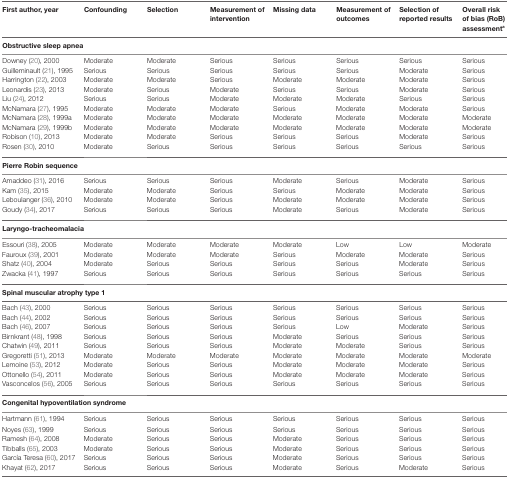
<table><thead><tr><td><b>First author, year</b></td><td><b>Confounding</b></td><td><b>Selection</b></td><td><b>Measurement of intervention</b></td><td><b>Missing data</b></td><td><b>Measurement of outcomes</b></td><td><b>Selection of reported results</b></td><td><b>Overall risk of bias (RoB) assessment<sup>a</sup></b></td></tr></thead><tbody><tr><td colspan="8"><b>Obstructive sleep apnea</b></td></tr><tr><td>Downey (20), 2000</td><td>Moderate</td><td>Moderate</td><td>Serious</td><td>Serious</td><td>Serious</td><td>Serious</td><td>Serious</td></tr><tr><td>Guilleminault (21), 1995</td><td>Serious</td><td>Serious</td><td>Serious</td><td>Serious</td><td>Serious</td><td>Moderate</td><td>Serious</td></tr><tr><td>Harrington (22), 2003</td><td>Moderate</td><td>Moderate</td><td>Serious</td><td>Moderate</td><td>Moderate</td><td>Moderate</td><td>Serious</td></tr><tr><td>Leonardis (23), 2013</td><td>Moderate</td><td>Serious</td><td>Moderate</td><td>Serious</td><td>Serious</td><td>Moderate</td><td>Serious</td></tr><tr><td>Liu (24), 2012</td><td>Serious</td><td>Serious</td><td>Moderate</td><td>Moderate</td><td>Moderate</td><td>Serious</td><td>Serious</td></tr><tr><td>McNamara (27), 1995</td><td>Moderate</td><td>Moderate</td><td>Moderate</td><td>Serious</td><td>Moderate</td><td>Moderate</td><td>Serious</td></tr><tr><td>McNamara (28), 1999a</td><td>Moderate</td><td>Moderate</td><td>Moderate</td><td>Moderate</td><td>Moderate</td><td>Moderate</td><td>Moderate</td></tr><tr><td>McNamara (29), 1999b</td><td>Moderate</td><td>Moderate</td><td>Moderate</td><td>Moderate</td><td>Moderate</td><td>Moderate</td><td>Moderate</td></tr><tr><td>Robison (10), 2013</td><td>Moderate</td><td>Moderate</td><td>Serious</td><td>Serious</td><td>Serious</td><td>Moderate</td><td>Serious</td></tr><tr><td>Rosen (30), 2010</td><td>Moderate</td><td>Serious</td><td>Serious</td><td>Serious</td><td>Serious</td><td>Serious</td><td>Serious</td></tr><tr><td colspan="8"><b>Pierre Robin sequence</b></td></tr><tr><td>Amaddeo (31), 2016</td><td>Serious</td><td>Serious</td><td>Serious</td><td>Moderate</td><td>Serious</td><td>Moderate</td><td>Serious</td></tr><tr><td>Kam (35), 2015</td><td>Moderate</td><td>Moderate</td><td>Serious</td><td>Serious</td><td>Moderate</td><td>Moderate</td><td>Serious</td></tr><tr><td>Leboulanger (36), 2010</td><td>Moderate</td><td>Moderate</td><td>Serious</td><td>Moderate</td><td>Moderate</td><td>Moderate</td><td>Serious</td></tr><tr><td>Goudy (34), 2017</td><td>Serious</td><td>Serious</td><td>Serious</td><td>Moderate</td><td>Serious</td><td>Moderate</td><td>Serious</td></tr><tr><td colspan="8"><b>Laryngo-tracheomalacia</b></td></tr><tr><td>Essouri (38), 2005</td><td>Moderate</td><td>Moderate</td><td>Moderate</td><td>Moderate</td><td>Low</td><td>Low</td><td>Moderate</td></tr><tr><td>Fauroux (39), 2001</td><td>Moderate</td><td>Moderate</td><td>Moderate</td><td>Serious</td><td>Moderate</td><td>Moderate</td><td>Serious</td></tr><tr><td>Shatz (40), 2004</td><td>Moderate</td><td>Serious</td><td>Serious</td><td>Serious</td><td>Serious</td><td>Moderate</td><td>Serious</td></tr><tr><td>Zwacka (41), 1997</td><td>Serious</td><td>Serious</td><td>Serious</td><td>Serious</td><td>Serious</td><td>Serious</td><td>Serious</td></tr><tr><td colspan="8"><b>Spinal muscular atrophy type 1</b></td></tr><tr><td>Bach (43), 2000</td><td>Serious</td><td>Serious</td><td>Serious</td><td>Serious</td><td>Serious</td><td>Serious</td><td>Serious</td></tr><tr><td>Bach (44), 2002</td><td>Serious</td><td>Serious</td><td>Serious</td><td>Serious</td><td>Serious</td><td>Serious</td><td>Serious</td></tr><tr><td>Bach (46), 2007</td><td>Serious</td><td>Serious</td><td>Serious</td><td>Serious</td><td>Low</td><td>Moderate</td><td>Serious</td></tr><tr><td>Birnkrant (48), 1998</td><td>Serious</td><td>Serious</td><td>Serious</td><td>Moderate</td><td>Serious</td><td>Serious</td><td>Serious</td></tr><tr><td>Chatwin (49), 2011</td><td>Serious</td><td>Serious</td><td>Serious</td><td>Moderate</td><td>Moderate</td><td>Serious</td><td>Serious</td></tr><tr><td>Gregoretti (51), 2013</td><td>Moderate</td><td>Moderate</td><td>Moderate</td><td>Moderate</td><td>Moderate</td><td>Moderate</td><td>Moderate</td></tr><tr><td>Lemoine (53), 2012</td><td>Moderate</td><td>Serious</td><td>Serious</td><td>Moderate</td><td>Moderate</td><td>Moderate</td><td>Serious</td></tr><tr><td>Ottonello (54), 2011</td><td>Moderate</td><td>Serious</td><td>Serious</td><td>Moderate</td><td>Moderate</td><td>Moderate</td><td>Serious</td></tr><tr><td>Vasconcelos (56), 2005</td><td>Serious</td><td>Serious</td><td>Serious</td><td>Serious</td><td>Serious</td><td>Serious</td><td>Serious</td></tr><tr><td colspan="8"><b>Congenital hypoventilation syndrome</b></td></tr><tr><td>Hartmann (61), 1994</td><td>Serious</td><td>Serious</td><td>Serious</td><td>Serious</td><td>Serious</td><td>Serious</td><td>Serious</td></tr><tr><td>Noyes (63), 1999</td><td>Serious</td><td>Serious</td><td>Serious</td><td>Serious</td><td>Serious</td><td>Serious</td><td>Serious</td></tr><tr><td>Ramesh (64), 2008</td><td>Moderate</td><td>Serious</td><td>Serious</td><td>Moderate</td><td>Serious</td><td>Serious</td><td>Serious</td></tr><tr><td>Tibballs (65), 2003</td><td>Moderate</td><td>Serious</td><td>Serious</td><td>Moderate</td><td>Serious</td><td>Serious</td><td>Serious</td></tr><tr><td>García Teresa (60), 2017</td><td>Serious</td><td>Serious</td><td>Serious</td><td>Moderate</td><td>Serious</td><td>Serious</td><td>Serious</td></tr><tr><td>Khayat (62), 2017</td><td>Serious</td><td>Serious</td><td>Serious</td><td>Moderate</td><td>Serious</td><td>Moderate</td><td>Serious</td></tr></tbody></table>